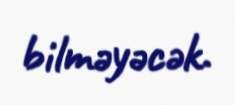
bilməyəcək.